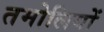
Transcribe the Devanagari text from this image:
तमोलियों